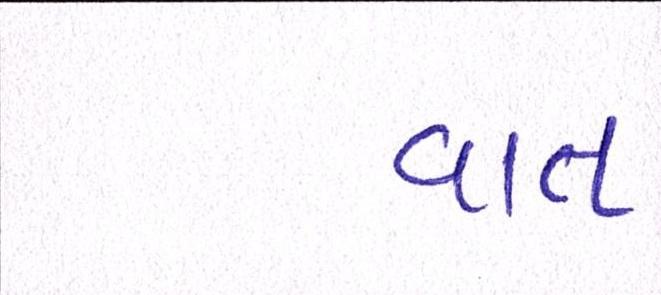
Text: વાત